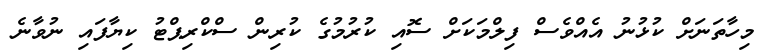
މިހާތަނަށް ކުޅުނު އެއްވެސް ފިލްމަކަށް ސޮއި ކުރުމުގެ ކުރިން ސްކްރިޕްޓު ކިޔާފައި ނުވާނެ